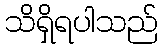
သိရှိရပါသည်